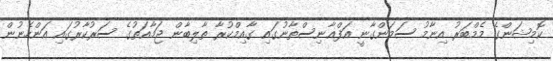
ކޮމިޝަންގެ މެމްބަރު އިނާމު ސަމަންގާނީ އަފްޣާނިސްތާނުގައި ގާއިމްކުރާ ތާލިބާން ޖަމާއަތުގެ ސަރުކާރުގައި އަންހެނުން